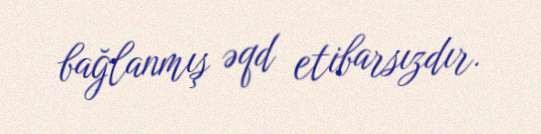
bağlanmış əqd etibarsızdır.